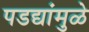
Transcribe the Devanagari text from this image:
पडद्यांमुळे